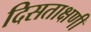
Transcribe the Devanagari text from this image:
दिसताक्षणी